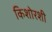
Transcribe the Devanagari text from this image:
किशोरशी